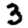
Digit: 3